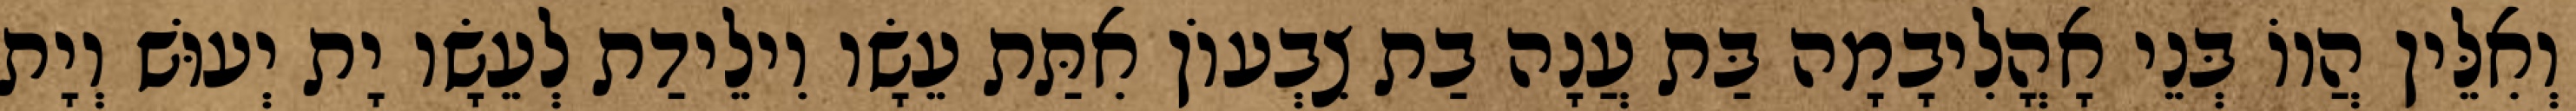
וְאִלֵּין הֲווֹ בְּנֵי אָהֳלִיבָמָה בַּת עֲנָה בַת צִבְעוֹן אִתַּת עֵשָׂו וִילֵידַת לְעֵשָׂו יָת יְעוּשׁ וְיָת